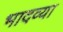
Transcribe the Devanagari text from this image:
भादव्या